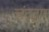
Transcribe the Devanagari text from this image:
चंद्रद्वार